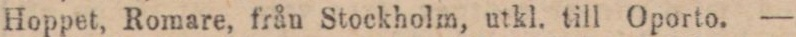
Hoppet, Romare, från Stockholm, utkl. till Oporto. —